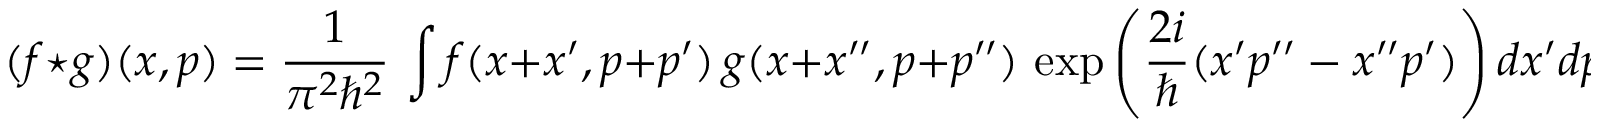
( f \star g ) ( x , p ) = { \frac { 1 } { \pi ^ { 2 } \hbar ^ { 2 } } } \, \int f ( x + x ^ { \prime } , p + p ^ { \prime } ) \, g ( x + x ^ { \prime \prime } , p + p ^ { \prime \prime } ) \, \exp { \left( { \frac { 2 i } { \hbar } } ( x ^ { \prime } p ^ { \prime \prime } - x ^ { \prime \prime } p ^ { \prime } ) \right) } \, d x ^ { \prime } d p ^ { \prime } d x ^ { \prime \prime } d p ^ { \prime \prime } ~ .